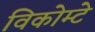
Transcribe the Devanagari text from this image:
विकोम्‍टे